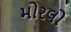
મોરલો